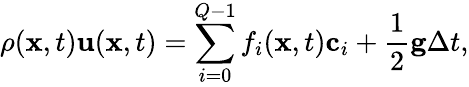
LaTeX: \rho(\mathbf{x},t)\mathbf{u}(\mathbf{x},t)=\sum_{i=0}^{Q-1}f_{i}(\mathbf{x},t)\mathbf{c}_{i}+\frac{1}{2}\mathbf{g}\Delta t,